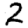
Digit: 2